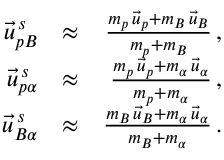
\begin{array} { r l r } { \vec { u } _ { p B } ^ { \, s } } & { \approx } & { \frac { m _ { p } \, \vec { u } _ { p } + m _ { B } \, \vec { u } _ { B } } { m _ { p } + m _ { B } } \, , } \\ { \vec { u } _ { p \alpha } ^ { \, s } } & { \approx } & { \frac { m _ { p } \, \vec { u } _ { p } + m _ { \alpha } \, \vec { u } _ { \alpha } } { m _ { p } + m _ { \alpha } } \, , } \\ { \vec { u } _ { B \alpha } ^ { \, s } } & { \approx } & { \frac { m _ { B } \, \vec { u } _ { B } + m _ { \alpha } \, \vec { u } _ { \alpha } } { m _ { B } + m _ { \alpha } } \, . } \end{array}